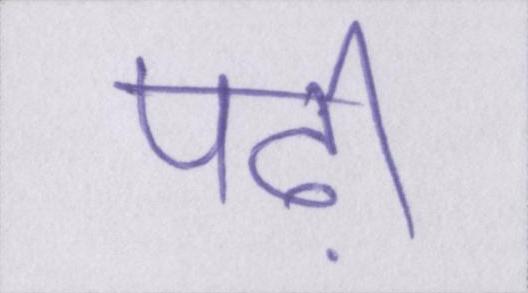
पढ़ी